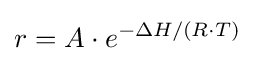
r=A\cdot e^{-\Delta H/(R\cdot T)}